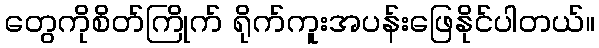
တွေကိုစိတ်ကြိုက် ရိုက်ကူးအပန်းဖြေနိုင်ပါတယ်။